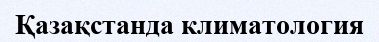
Қазақстанда климатология